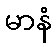
မာနံ